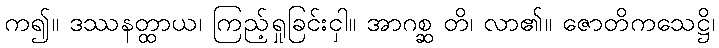
က၍။ ဒဿနတ္ထာယ၊ ကြည့်ရှုခြင်းငှါ။ အာဂစ္ဆ တိ၊ လာ၏။ ဇောတိကသေဋ္ဌိ၊